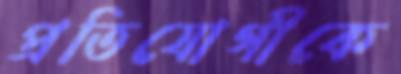
প্রতিযোগীকে